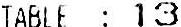
TABLE : 13